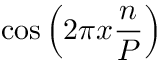
\cos \left( 2 \pi x { \frac { n } { P } } \right)